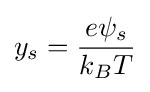
y_{s}={\frac {{e}{\psi _{s}}}{{k_{B}}{T}}}